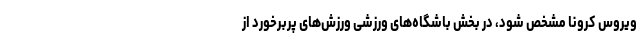
ویروس کرونا مشخص شود، در بخش باشگاه‌های ورزشی ورزش‌های پربرخورد از